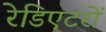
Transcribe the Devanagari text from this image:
रेडिएटरों